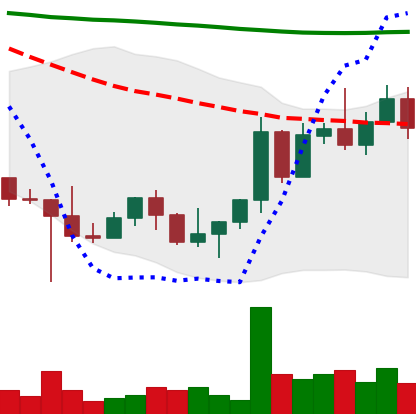
Ticker: NEO-USD
Chart end date: 2022-10-30
Forward return: 4.516%
Label: up_3_5